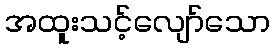
အထူးသင့်လျော်သော